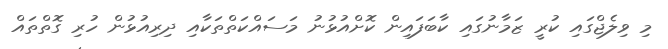
މި ވިލެޖްގައި ކުރީ ޒަމާނުގައި ކާބަފައިން ކޮށްއުޅުނު މަސައްކަތްތަކާއި ދިރިއުޅުން ހުރި ގޮތްތައް